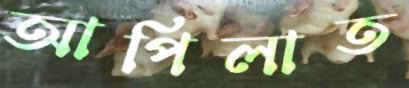
আপিলাত